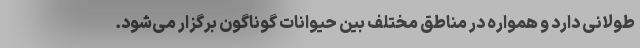
طولانی دارد و همواره در مناطق مختلف بین حیوانات گوناگون برگزار می‌شود.